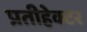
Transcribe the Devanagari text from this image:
प्रतीहेक्टर